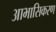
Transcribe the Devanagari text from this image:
आभासिकरण